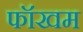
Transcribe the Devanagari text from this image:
फॉखम